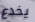
يخدع